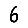
Digit: 6